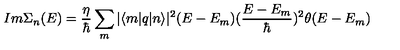
I m \Sigma _ { n } ( E ) = \frac { \eta } { \hbar } \sum _ { m } | \langle m | q | n \rangle | ^ { 2 } ( E - E _ { m } ) ( \frac { E - E _ { m } } { \hbar } ) ^ { 2 } \theta ( E - E _ { m } )